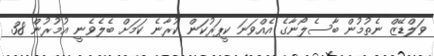
ވަލްޑޭޒް ނެތުމުން ބާސެލޯނާގެ އެއްވަނަ ކީޕަރުކަން ކުރާނެ ކަމަށް ބެލެވެނީ އުމުރުން 38